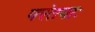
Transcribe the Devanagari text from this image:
परंतपाः